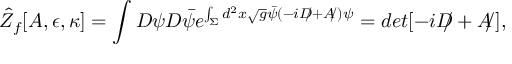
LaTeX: \hat { Z } _ { f } [ A , \epsilon , \kappa ] = \int { \cal D } \psi { \cal D } \bar { \psi } e ^ { \int _ { \Sigma } d ^ { 2 } x \sqrt { g } \bar { \psi } ( - i { D \! \! \! / } + { A \! \! / } ) \psi } = d e t [ - i { D \! \! \! / } + { A \! \! / } ] ,